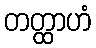
တတ္ထာဟံ